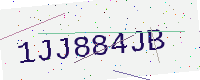
Text: 1JJ884JB